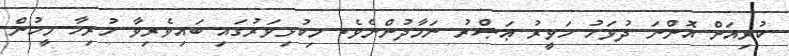
ކުރިއަށް އޮންނަ ދުވަހު ހަވީރު ޢަޞްރު ނަމާދުންނެވެ. މިކުޅިވަރުގައި ބައިވެރިވާ ހުރިހާ މީހުން